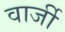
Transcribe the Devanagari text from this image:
वार्जी